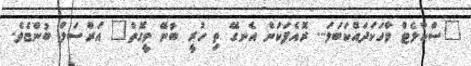
"ސްކާލެޓް ވާހަކަދައްކަބަލަ... ރޮއެފަކަން އެނގޭ ތި ހުރީ ބުނޭ ވީގޮތް" އަރްސަލް ބުންޏެވެ.